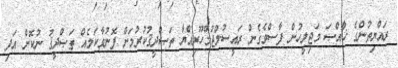
ރައްޔިތުންގެ ޚާއްޞަ މަޖިލީހުން ފާސްވެގެން ރައީސުލްޖުމްހޫރިއްޔާ ތަޞްދީޤުކުރުމަށް ފޮނުވާކަމެއް ތަޞްދީޤު ނުކޮށް އަދި